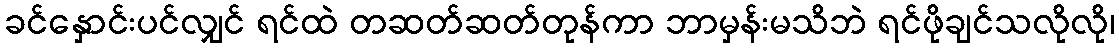
ခင်နှောင်းပင်လျှင် ရင်ထဲ တဆတ်ဆတ်တုန်ကာ ဘာမှန်းမသိဘဲ ရင်ဖိုချင်သလိုလို၊